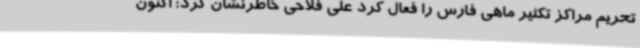
تحریم مراکز تکثیر ماهی فارس را فعال کرد علی فلاحی خاطرنشان کرد: اکنون